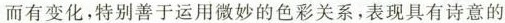
而有变化，特别善于运用微妙的色彩关系，表现具有诗意的